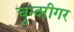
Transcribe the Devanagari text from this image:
चुन्दरीगर